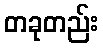
တခုတည်း